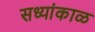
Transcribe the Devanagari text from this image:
सध्यांकाळ